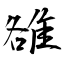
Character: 雒